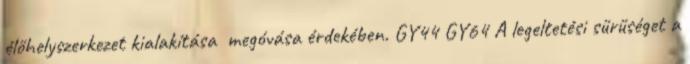
élőhelyszerkezet kialakítása megóvása érdekében. GY44 GY64 A legeltetési sűrűséget a